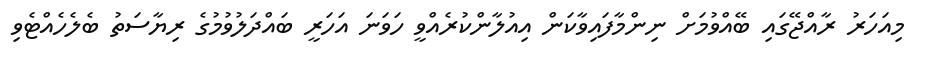
މިއަހަރު ރާއްޖޭގައި ބޭއްވުމަށް ނިންމާފައިވާކަން އިއުލާންކުރެއްވީ ހަވަނަ އަހަރީ ބައްދަލުވުމުގެ ރިޔާސަތު ބެލެހެއްޓެވި